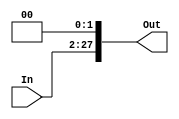
`timescale 1ns / 1ps
//////////////////////////////////////////////////////////////////////////////////
// Company: 
// Engineer: 
// 
// Design Name: 
// Module Name:    LftShft2_26 
// Project Name: 
// Target Devices: 
// Tool versions: 
// Description: 
//
// Dependencies: 
//
// Revision: 
// Revision 0.01 - File Created
// Additional Comments: 
//
//////////////////////////////////////////////////////////////////////////////////
module LftShft2_26(In,Out
    );
	input [25:0] In;
	output [27:0] Out;
	assign Out = {In[25:0],{1'b0,1'b0}};
	
endmodule